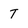
Character: T